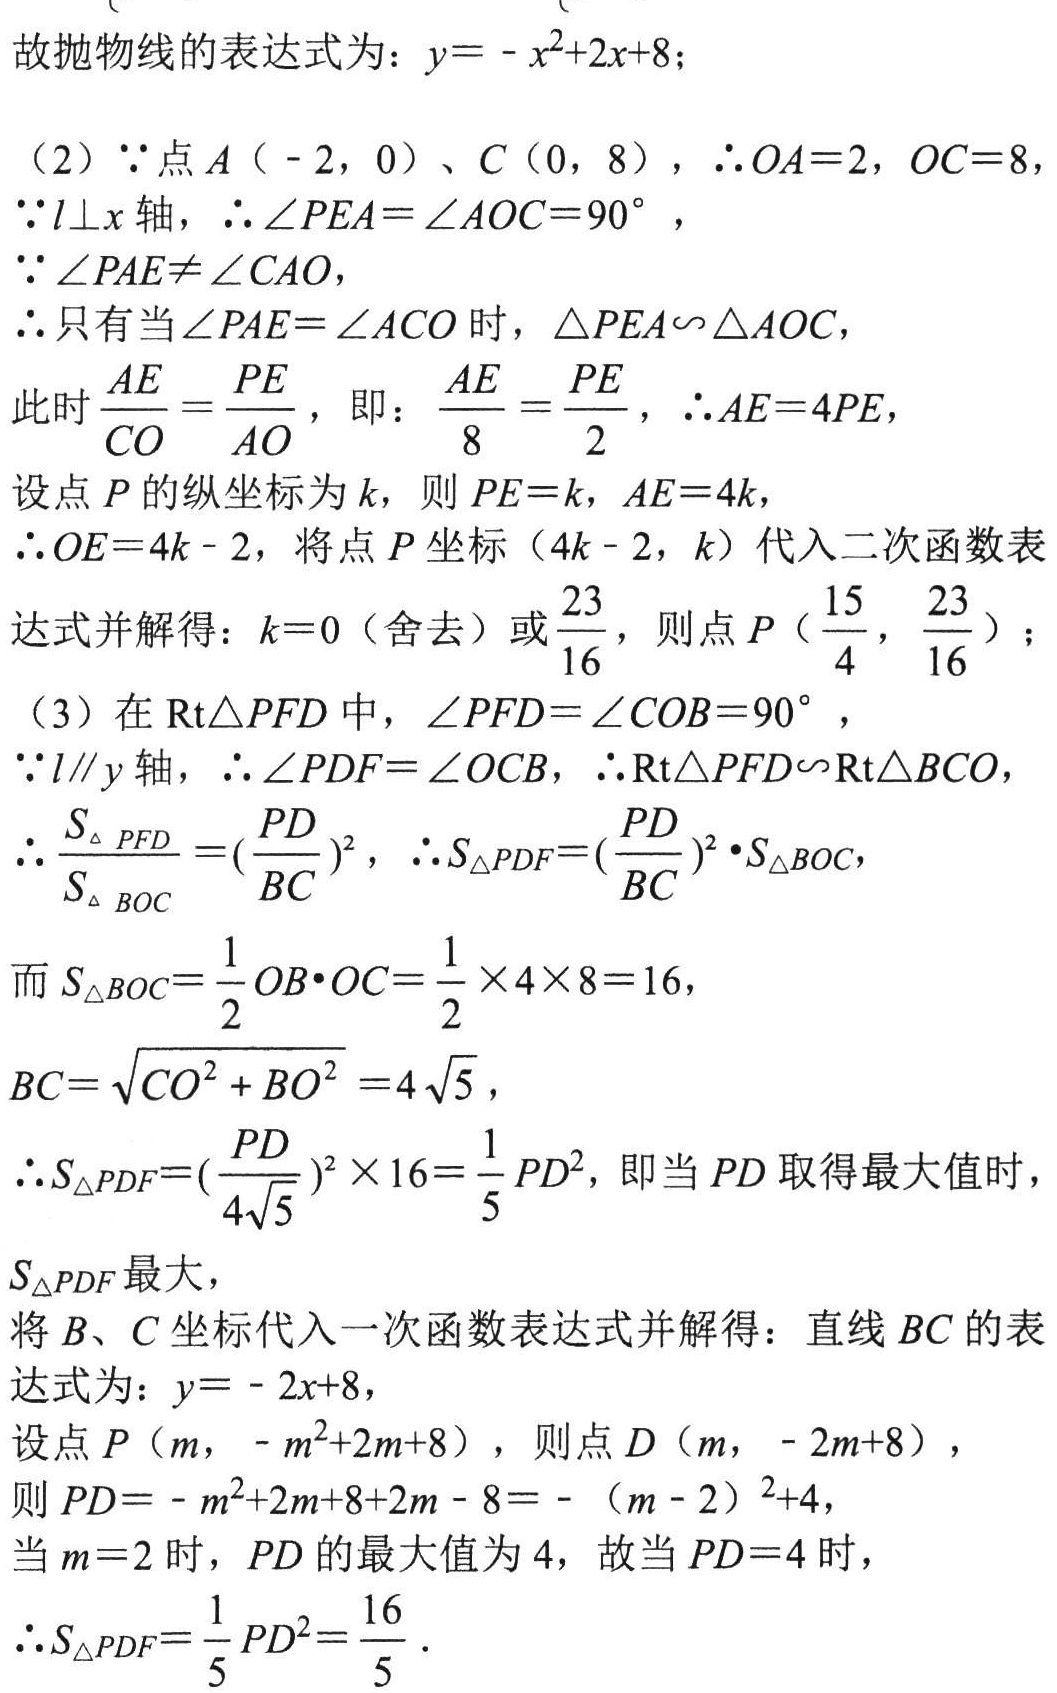
故抛物线的表达式为：\(y = -x^{2}+2x + 8\)；
（2）\(\because\)点\(A(-2,0)\)、\(C(0,8)\)，\(\therefore OA = 2\)，\(OC = 8\)，
\(\because l\perp x\)轴，\(\therefore\angle PEA=\angle AOC = 90^{\circ}\)，
\(\because\angle PAE\neq\angle CAO\)，
\(\therefore\)只有当\(\angle PAE=\angle ACO\)时，\(\triangle PEA\sim\triangle AOC\)，
此时\(\frac{AE}{CO}=\frac{PE}{AO}\)，即：\(\frac{AE}{8}=\frac{PE}{2}\)，\(\therefore AE = 4PE\)，
设点\(P\)的纵坐标为\(k\)，则\(PE = k\)，\(AE = 4k\)，
\(\therefore OE = 4k - 2\)，将点\(P\)坐标\((4k - 2,k)\)代入二次函数表达式并解得：\(k = 0\)（舍去）或\(\frac{23}{16}\)，则点\(P(\frac{15}{4},\frac{23}{16})\)；
（3）在\(Rt\triangle PFD\)中，\(\angle PFD=\angle COB = 90^{\circ}\)，
\(\because l\parallel y\)轴，\(\therefore\angle PDF=\angle OCB\)，\(\therefore Rt\triangle PFD\sim Rt\triangle BCO\)，
\(\therefore\frac{S_{\triangle PFD}}{S_{\triangle BOC}}=(\frac{PD}{BC})^{2}\)，\(\therefore S_{\triangle PDF}=(\frac{PD}{BC})^{2}\cdot S_{\triangle BOC}\)，
而\(S_{\triangle BOC}=\frac{1}{2}OB\cdot OC=\frac{1}{2}\times4\times8 = 16\)，
\(BC=\sqrt{CO^{2}+BO^{2}} = 4\sqrt{5}\)，
\(\therefore S_{\triangle PDF}=(\frac{PD}{4\sqrt{5}})^{2}\times16=\frac{1}{5}PD^{2}\)，即当\(PD\)取得最大值时，\(S_{\triangle PDF}\)最大，
将\(B\)、\(C\)坐标代入一次函数表达式并解得：直线\(BC\)的表达式为：\(y = -2x + 8\)，
设点\(P(m,-m^{2}+2m + 8)\)，则点\(D(m,-2m + 8)\)，
则\(PD=-m^{2}+2m + 8 + 2m - 8=-(m - 2)^{2}+4\)，
当\(m = 2\)时，\(PD\)的最大值为\(4\)，故当\(PD = 4\)时，
\(\therefore S_{\triangle PDF}=\frac{1}{5}PD^{2}=\frac{16}{5}\)．